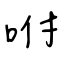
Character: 咐